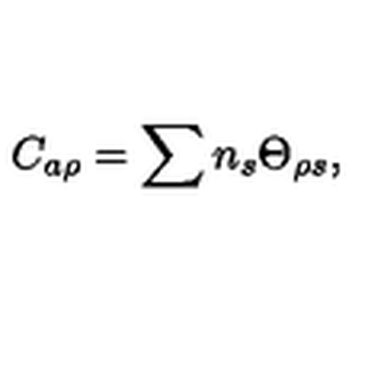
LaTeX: C _ { a \rho } = \sum n _ { s } \Theta _ { \rho s } ,